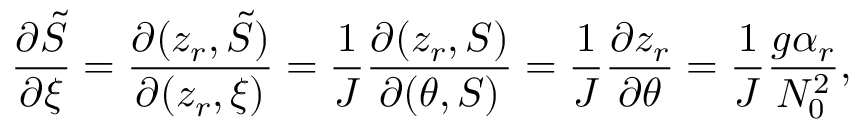
\frac { \partial \tilde { S } } { \partial \xi } = \frac { \partial ( z _ { r } , \tilde { S } ) } { \partial ( z _ { r } , \xi ) } = \frac { 1 } { J } \frac { \partial ( z _ { r } , S ) } { \partial ( \theta , S ) } = \frac { 1 } { J } \frac { \partial z _ { r } } { \partial \theta } = \frac { 1 } { J } \frac { g \alpha _ { r } } { N _ { 0 } ^ { 2 } } ,